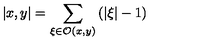
\left| x , y \right| = \sum _ { \xi \in \mathcal { O } ( x , y ) } \left( \left| \xi \right| - 1 \right)